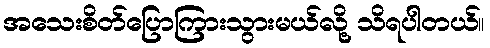
အသေးစိတ်ပြောကြားသွားမယ်လို့ သိရပါတယ်။